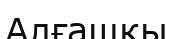
Алғашкы